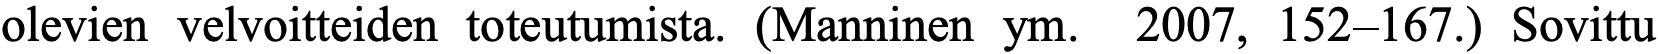
olevien velvoitteiden toteutumista. (Manninen ym. 2007, 152–167.) Sovittu